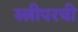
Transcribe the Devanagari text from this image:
स्लीपरची